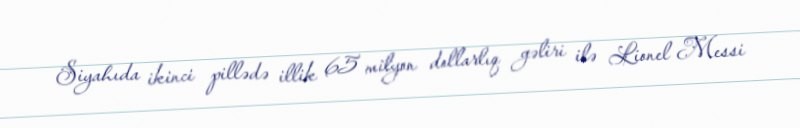
Siyahıda ikinci pillədə illik 65 milyon dollarlıq gəliri ilə Lionel Messi